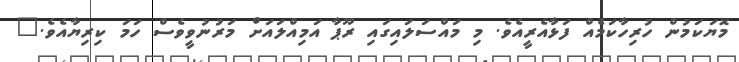
މޮޔަކަމުން ހުރިހާކަމެއް ފަޅާއެރީއެވެ. މި މައްސަލައިގައި ރޫޕާ އަމިއްލައަށް މަރުނުވީވެސް ހަމަ ކިރިޔާއެވެ."